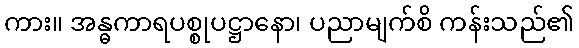
ကား။ အန္ဓကာရပစ္စုပဋ္ဌာနော၊ ပညာမျက်စိ ကန်းသည်၏